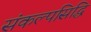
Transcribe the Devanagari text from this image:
संकल्पसिद्धि